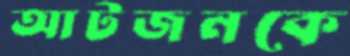
আটজনকে